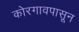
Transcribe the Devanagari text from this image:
कोरगावपासून